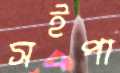
সইপা